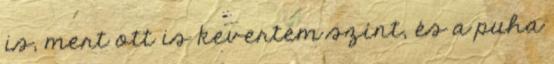
is, mert ott is kevertem színt, és a puha